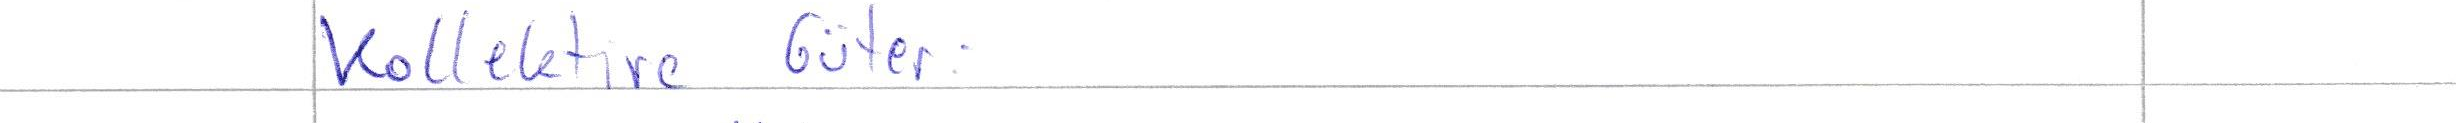
Kollektive Güter: